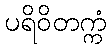
ပရိဝိတက္ကံ